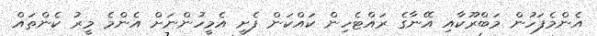
އެންމެފަހުން މަބްރޫކާއި އޭނާގެ ރައްޓެހިން ކައްކަން ފެށީ އެމީހުންނަށް އެންމެ މީރު ކެންތައް